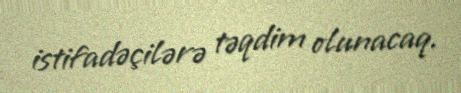
istifadəçilərə təqdim olunacaq.